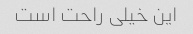
این خیلی راحت است